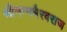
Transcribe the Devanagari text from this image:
श्रीनग्नभैरवराज